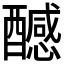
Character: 𨣝